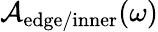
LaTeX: \mathcal{A}_{\mathrm{edge/inner}}(\omega)